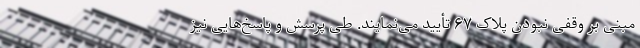
مبنی بر وقفی نبودن پلاک ۶۷ تأیید می‌نمایند. طی پرسش و پاسخ‌هایی نیز